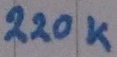
Text: 220K